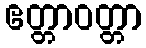
ဧတ္တာဝတ္တာ